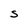
Character: S